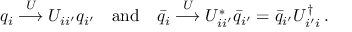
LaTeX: q _ { i } \stackrel { U } { \longrightarrow } U _ { i i ^ { \prime } } q _ { i ^ { \prime } } \quad \mathrm { a n d } \quad \bar { q } _ { i } \stackrel { U } { \longrightarrow } U _ { i i ^ { \prime } } ^ { * } \bar { q } _ { i ^ { \prime } } = \bar { q } _ { i ^ { \prime } } U _ { i ^ { \prime } i } ^ { \dagger } \, .